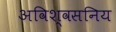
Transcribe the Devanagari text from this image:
अविश्वसनिय